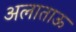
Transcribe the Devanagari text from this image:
अलाताऊ